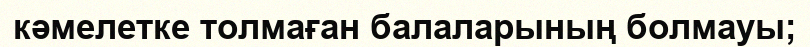
кәмелетке толмаған балаларының болмауы;